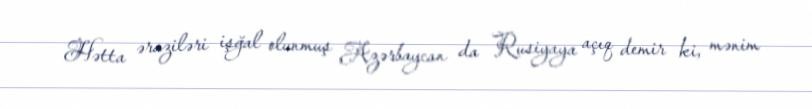
Hətta əraziləri işğal olunmuş Azərbaycan da Rusiyaya açıq demir ki, mənim